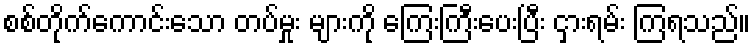
စစ်တိုက်ကောင်းသော တပ်မှုး များကို ကြေးကြီးပေးပြီး ငှားရမ်း ကြရသည်။